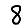
Digit: 8